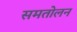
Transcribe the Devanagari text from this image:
समतोलन